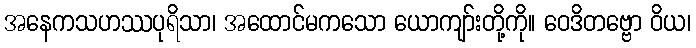
အနေကသဟဿပုရိသာ၊ အထောင်မကသော ယောကျာ်းတို့ကို။ ဝေဒိတဗ္ဗော ဝိယ၊